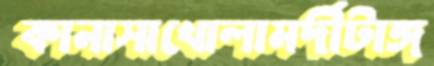
কানাসাখোলামর্দীটাঙ্গ